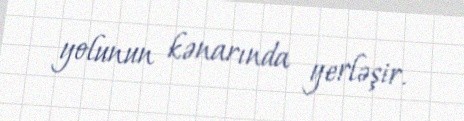
yolunun kənarında yerləşir.